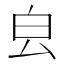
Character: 㿝